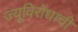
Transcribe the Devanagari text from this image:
ज्यूविरोधाची